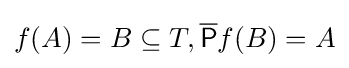
f(A)=B\subseteq T,{\overline {\mathsf {P}}}f(B)=A